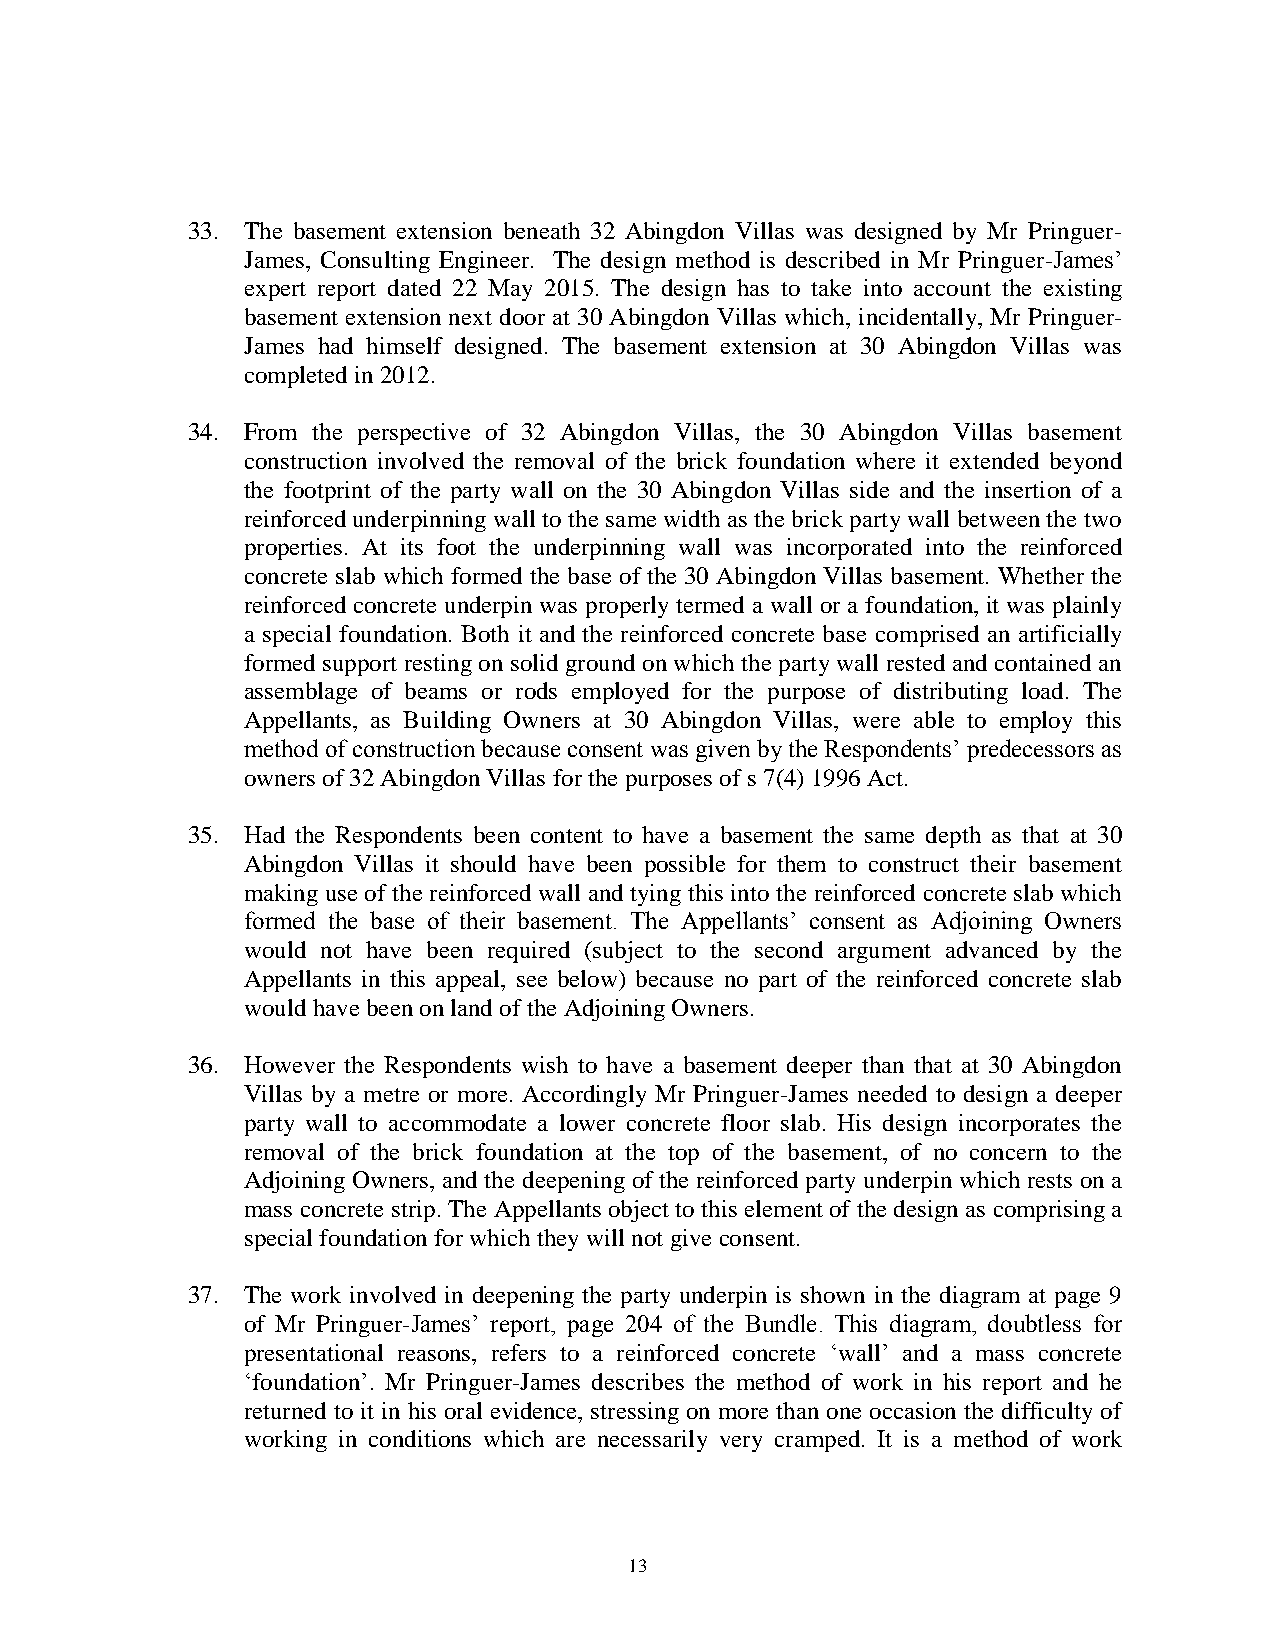
33. The basement extension beneath 32 Abingdon Villas was designed by Mr Pringuer-
 James, Consulting Engineer. The design method is described in Mr Pringuer-James’
 expert report dated 22 May 2015. The design has to take into account the existing
 basement extension next door at 30 Abingdon Villas which, incidentally, Mr Pringuer-
 James had himself designed. The basement extension at 30 Abingdon Villas was
 completed in 2012.
 34. From the perspective of 32 Abingdon Villas, the 30 Abingdon Villas basement
 construction involved the removal of the brick foundation where it extended beyond
 the footprint of the party wall on the 30 Abingdon Villas side and the insertion of a
 reinforced underpinning wall to the same width as the brick party wall between the two
 properties. At its foot the underpinning wall was incorporated into the reinforced
 concrete slab which formed the base of the 30 Abingdon Villas basement. Whether the
 reinforced concrete underpin was properly termed a wall or a foundation, it was plainly
 a special foundation. Both it and the reinforced concrete base comprised an artificially
 formed support resting on solid ground on which the party wall rested and contained an
 assemblage of beams or rods employed for the purpose of distributing load. The
 Appellants, as Building Owners at 30 Abingdon Villas, were able to employ this
 method of construction because consent was given by the Respondents’ predecessors as
 owners of 32 Abingdon Villas for the purposes of s 7(4) 1996 Act.
 35. Had the Respondents been content to have a basement the same depth as that at 30
 Abingdon Villas it should have been possible for them to construct their basement
 making use of the reinforced wall and tying this into the reinforced concrete slab which
 formed the base of their basement. The Appellants’ consent as Adjoining Owners
 would not have been required (subject to the second argument advanced by the
 Appellants in this appeal, see below) because no part of the reinforced concrete slab
 would have been on land of the Adjoining Owners.
 36. However the Respondents wish to have a basement deeper than that at 30 Abingdon
 Villas by a metre or more. Accordingly Mr Pringuer-James needed to design a deeper
 party wall to accommodate a lower concrete floor slab. His design incorporates the
 removal of the brick foundation at the top of the basement, of no concern to the
 Adjoining Owners, and the deepening of the reinforced party underpin which rests on a
 mass concrete strip. The Appellants object to this element of the design as comprising a
 special foundation for which they will not give consent.
 37. The work involved in deepening the party underpin is shown in the diagram at page 9
 of Mr Pringuer-James’ report, page 204 of the Bundle. This diagram, doubtless for
 presentational reasons, refers to a reinforced concrete ‘wall’ and a mass concrete
 ‘foundation’. Mr Pringuer-James describes the method of work in his report and he
 returned to it in his oral evidence, stressing on more than one occasion the difficulty of
 working in conditions which are necessarily very cramped. It is a method of work
 13